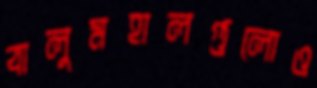
বালুমহালগুলোও